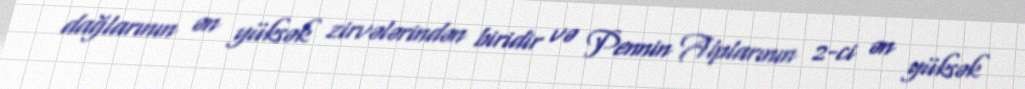
dağlarının ən yüksək zirvələrindən biridir və Pennin Alplarının 2-ci ən yüksək